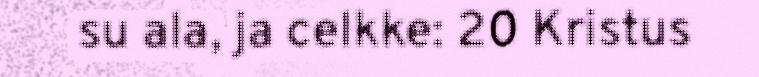
su ala, ja celkke: 20 Kristus